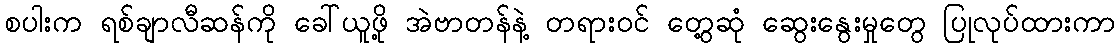
စပါးက ရစ်ချာလီဆန်ကို ခေါ်ယူဖို့ အဲဗာတန်နဲ့ တရားဝင် တွေ့ဆုံ ဆွေးနွေးမှုတွေ ပြုလုပ်ထားကာ